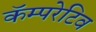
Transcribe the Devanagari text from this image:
कॅम्परेटिव